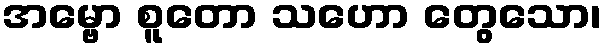
အမ္ဗော စူတော သဟော တွေသော၊